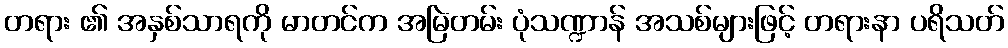
တရား ၏ အနှစ်သာရကို မာတင်က အမြဲတမ်း ပုံသဏ္ဍာန် အသစ်များဖြင့် တရားနာ ပရိသတ်